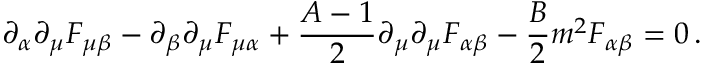
\partial _ { \alpha } \partial _ { \mu } F _ { \mu \beta } - \partial _ { \beta } \partial _ { \mu } F _ { \mu \alpha } + { \frac { A - 1 } { 2 } } \partial _ { \mu } \partial _ { \mu } F _ { \alpha \beta } - { \frac { B } { 2 } } m ^ { 2 } F _ { \alpha \beta } = 0 \, .